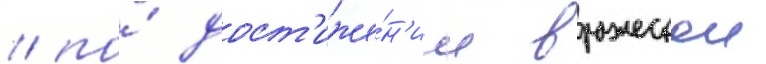
/ по́ дост'иже́н'ии вражескои